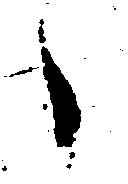
々